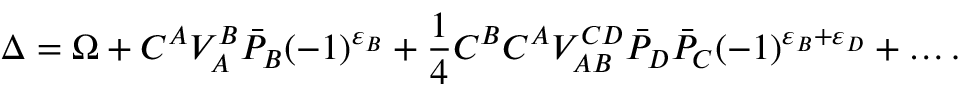
\Delta = \Omega + C ^ { A } V _ { A } ^ { B } \bar { \cal P } _ { B } ( - 1 ) ^ { \varepsilon _ { B } } + \frac { 1 } { 4 } C ^ { B } C ^ { A } V _ { A B } ^ { C D } \bar { \cal P } _ { D } \bar { \cal P } _ { C } ( - 1 ) ^ { \varepsilon _ { B } + \varepsilon _ { D } } + \ldots .